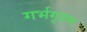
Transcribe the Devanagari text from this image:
गर्भगृहम